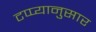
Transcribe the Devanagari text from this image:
टप्प्यानुसार